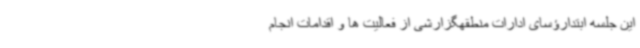
این جلسه ابتدارؤسای ادارات منطقهگزارشی از فعالیت ها و اقدامات انجام